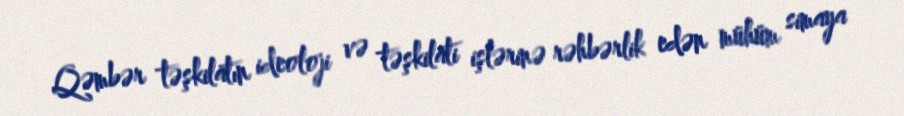
Qəmbər təşkilatın ideoloji və təşkilati işlərinə rəhbərlik edən mühüm simaya